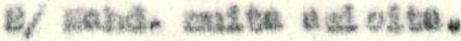
2/ Mahd. muita asioita.